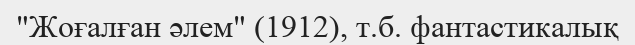
"Жоғалған әлем" (1912), т.б. фантастикалық